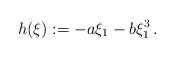
LaTeX: \begin{align*}h(\xi):=-a\xi_1-b\xi_1^3\,.\end{align*}